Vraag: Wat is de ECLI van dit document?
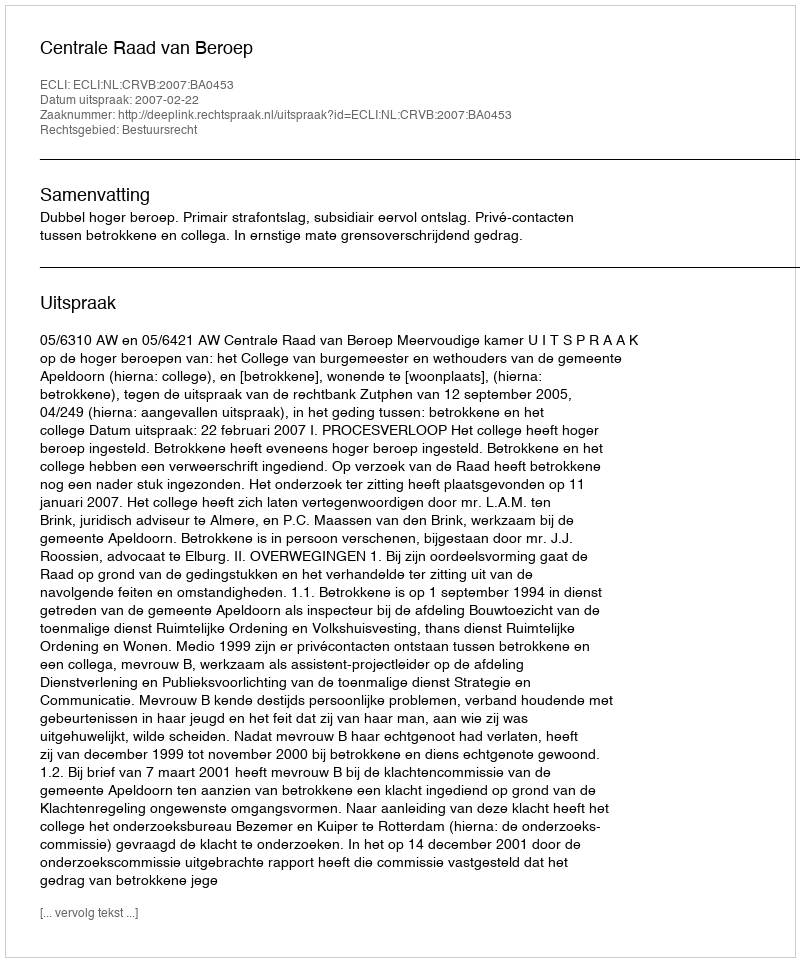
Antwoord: ECLI:NL:CRVB:2007:BA0453